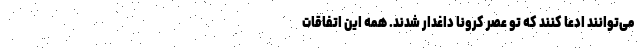
می‌توانند ادعا کنند که تو عصر کرونا داغدار شدند. همه این اتفاقات